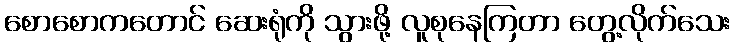
စောစောကတောင် ဆေးရုံကို သွားဖို့ လူစုနေကြတာ တွေ့လိုက်သေး